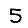
Digit: 5